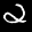
Label: 2